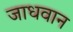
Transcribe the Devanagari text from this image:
जाधवान